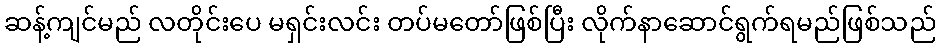
ဆန့်ကျင်မည် လတိုင်းပေ မရှင်းလင်း တပ်မတော်ဖြစ်ပြီး လိုက်နာဆောင်ရွက်ရမည်ဖြစ်သည်